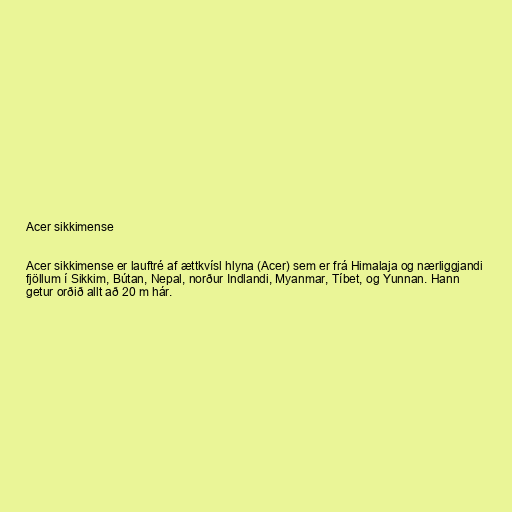
Acer sikkimense

Acer sikkimense er lauftré af ættkvísl hlyna (Acer) sem er frá Himalaja og nærliggjandi
fjöllum í Sikkim, Bútan, Nepal, norður Indlandi, Myanmar, Tíbet, og Yunnan. Hann
getur orðið allt að 20 m hár.